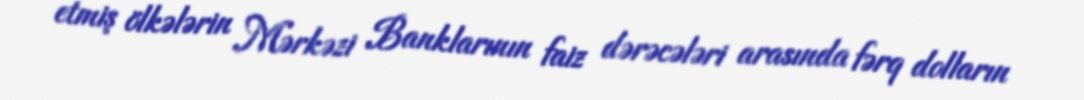
etmiş ölkələrin Mərkəzi Banklarının faiz dərəcələri arasında fərq dolların